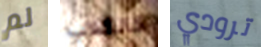
لم كالكلاب ترودي